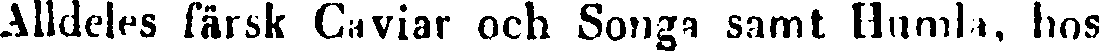
Alldeles färsk Caviar och Songa samt Humla, hos